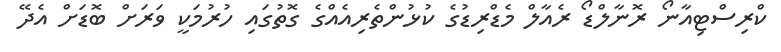
ކްރިސްޓިއާނޯ ރޮނާލްޑޯ ރެއާލް މެޑްރިޑުގެ ކުޅުންތެރިއެއްގެ ގޮތުގައި ހުރުމަކީ ވަރަށް ބޮޑަށް އެދޭ